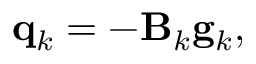
\mathbf { q } _ { k } = - \mathbf { B } _ { k } \mathbf { g } _ { k } ,